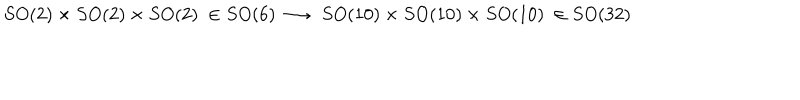
S O ( 2 ) \times S O ( 2 ) \times S O ( 2 ) \ \in S O ( 6 ) \longrightarrow \ S O ( 1 0 ) \times S O ( 1 0 ) \times S O ( 1 0 ) \ \in S O ( 3 2 )